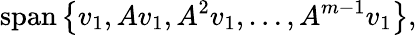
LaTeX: \operatorname{span}\left\{ v_{1},Av_{1},A^{2}v_{1},\ldots,A^{m-1}v_{1}\right\} ,